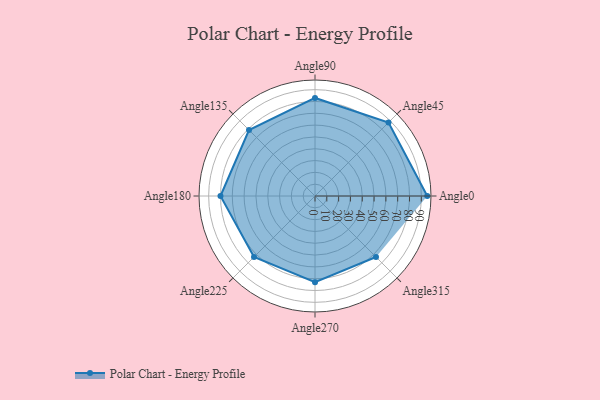
{"axis": {"x": "Angle", "y": "Radius"}, "legend": [""], "data": [{"x": "Angle0", "y": 95.0, "type": ""}, {"x": "Angle45", "y": 88.0, "type": ""}, {"x": "Angle90", "y": 83.0, "type": ""}, {"x": "Angle135", "y": 79.0, "type": ""}, {"x": "Angle180", "y": 80.0, "type": ""}, {"x": "Angle225", "y": 73.0, "type": ""}, {"x": "Angle270", "y": 73.0, "type": ""}, {"x": "Angle315", "y": 73.0, "type": ""}]}